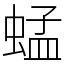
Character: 蜢